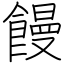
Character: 饅